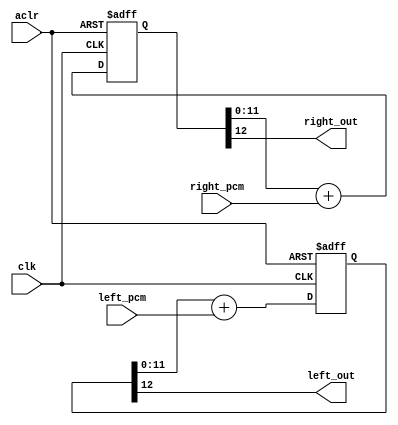
// delta sigma modulator for stereo applications

module dsm_stereo
	#(parameter DSM_WIDTH = 12)
	(
		input clk,
		input aclr,
		input [DSM_WIDTH-1:0] left_pcm,
		input [DSM_WIDTH-1:0] right_pcm,
		output left_out,
		output right_out
	);

	reg [DSM_WIDTH:0] left_accum = 0;
	reg [DSM_WIDTH:0] right_accum = 0;

	always @(posedge clk or posedge aclr)
		begin
			if (aclr)
				begin
					left_accum <= 0;
					right_accum <= 0;
				end
			else
				begin
					left_accum <= left_accum[DSM_WIDTH-1:0] + left_pcm;
					right_accum <= right_accum[DSM_WIDTH-1:0] + right_pcm;
				end
		end
	
	assign left_out = left_accum[DSM_WIDTH];
	assign right_out = right_accum[DSM_WIDTH];

endmodule